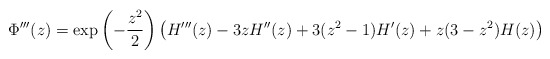
\begin{align*}\Phi'''(z) = \exp\left(-\frac{z^2}{2} \right) \bigl(H'''(z) - 3 z H''(z) + 3 (z^2-1) H'(z) + z(3-z^2) H(z) \bigr)\end{align*}